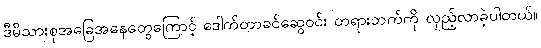
ဒီမိသားစုအခြေအနေတွေကြောင့် ဒေါက်တာခင်ဆွေဝင်း တရားဘက်ကို လှည့်လာခဲ့ပါတယ်။